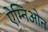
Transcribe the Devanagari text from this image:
ऐम्निओन